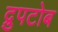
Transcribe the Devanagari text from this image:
द्रुपटोब